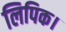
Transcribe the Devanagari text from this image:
लिपिक।